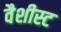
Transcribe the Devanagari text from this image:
वैशीस्ट